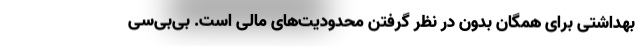
بهداشتی برای همگان بدون در نظر گرفتن محدودیت‌های مالی است. بی‌بی‌سی